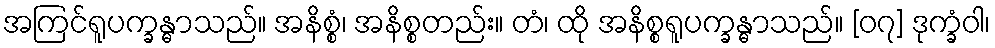
အကြင်ရူပက္ခန္ဓာသည်။ အနိစ္စံ၊ အနိစ္စတည်း။ တံ၊ ထို အနိစ္စရူပက္ခန္ဓာသည်။ [၀၇] ဒုက္ခံဝါ၊